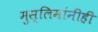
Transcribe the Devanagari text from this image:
मुस्लिमांनीही